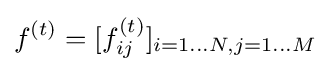
f^{(t)}=[f_{ij}^{(t)}]_{i=1...N,j=1...M}